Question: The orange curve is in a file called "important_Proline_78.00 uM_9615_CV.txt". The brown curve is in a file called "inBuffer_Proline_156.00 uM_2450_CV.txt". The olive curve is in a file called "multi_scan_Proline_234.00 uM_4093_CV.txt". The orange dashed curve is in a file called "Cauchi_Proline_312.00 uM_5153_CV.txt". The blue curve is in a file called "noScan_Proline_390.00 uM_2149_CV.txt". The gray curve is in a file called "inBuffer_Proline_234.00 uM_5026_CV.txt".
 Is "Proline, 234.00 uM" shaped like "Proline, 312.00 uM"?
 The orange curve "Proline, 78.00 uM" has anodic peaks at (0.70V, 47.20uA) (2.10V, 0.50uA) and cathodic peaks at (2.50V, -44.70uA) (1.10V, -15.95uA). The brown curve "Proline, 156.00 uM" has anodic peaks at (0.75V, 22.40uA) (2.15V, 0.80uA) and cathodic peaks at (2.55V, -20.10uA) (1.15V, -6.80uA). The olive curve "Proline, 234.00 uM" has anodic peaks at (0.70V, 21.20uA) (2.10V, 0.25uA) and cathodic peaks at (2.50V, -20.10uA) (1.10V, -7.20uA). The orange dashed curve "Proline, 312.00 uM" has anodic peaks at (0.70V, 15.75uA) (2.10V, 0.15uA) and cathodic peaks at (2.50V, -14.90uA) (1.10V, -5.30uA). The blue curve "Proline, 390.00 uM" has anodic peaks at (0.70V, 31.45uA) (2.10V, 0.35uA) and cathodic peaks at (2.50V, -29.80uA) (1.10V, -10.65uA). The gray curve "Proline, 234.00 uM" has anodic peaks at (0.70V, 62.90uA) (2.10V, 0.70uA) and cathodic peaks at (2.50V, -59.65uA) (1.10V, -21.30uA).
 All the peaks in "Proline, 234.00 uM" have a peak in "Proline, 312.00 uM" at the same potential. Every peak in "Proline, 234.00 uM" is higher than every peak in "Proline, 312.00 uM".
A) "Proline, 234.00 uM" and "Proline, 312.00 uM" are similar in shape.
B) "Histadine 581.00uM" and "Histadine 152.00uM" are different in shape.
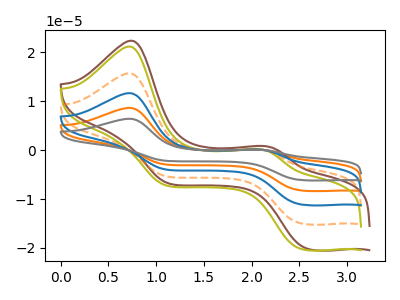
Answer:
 <answer>A) "Proline, 234.00 uM" and "Proline, 312.00 uM" are similar in shape.</answer>
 <eval>A</eval>